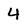
Character: 4